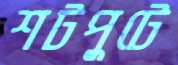
শটপুটে